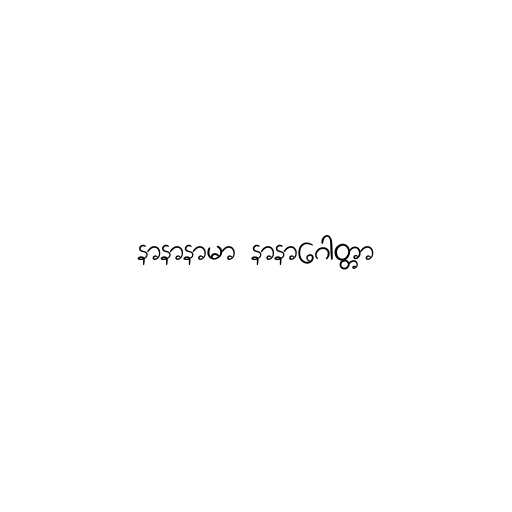
နာနာနာမာ နာနာဂေါတ္တာ